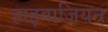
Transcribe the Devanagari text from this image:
हाइवाज़ियन